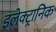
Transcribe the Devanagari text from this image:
इलेक्‍ट्रानिक